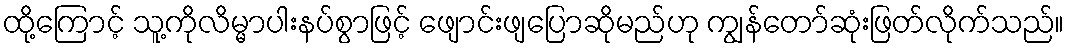
ထို့ကြောင့် သူ့ကိုလိမ္မာပါးနပ်စွာဖြင့် ဖျောင်းဖျပြောဆိုမည်ဟု ကျွန်တော်ဆုံးဖြတ်လိုက်သည်။